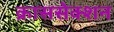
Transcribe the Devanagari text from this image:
क्राससेक्शन